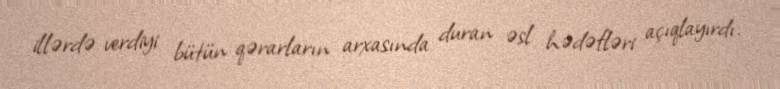
illərdə verdiyi bütün qərarların arxasında duran əsl hədəfləri açıqlayırdı.